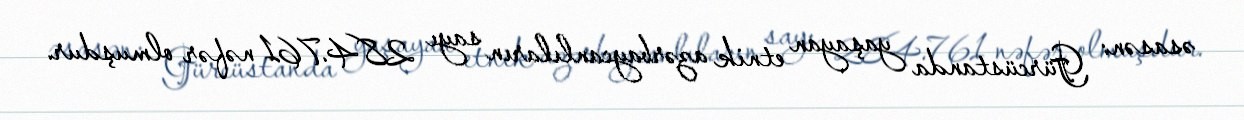
əsasən: Gürcüstanda yaşayan etnik azərbaycanlıların sayı 284.761 nəfər olmuşdur.